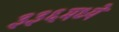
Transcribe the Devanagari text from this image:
३३६मध्ये